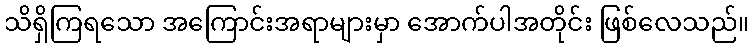
သိရှိကြရသော အကြောင်းအရာများမှာ အောက်ပါအတိုင်း ဖြစ်လေသည်။